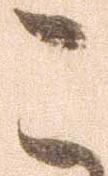
こ